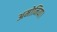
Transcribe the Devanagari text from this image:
अमोनिया।